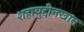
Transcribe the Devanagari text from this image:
शहाबुद्दीनखान